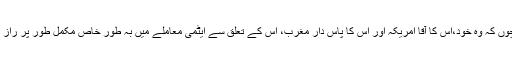
اِسرائیل کے حوالے سے دنیا والوں کو یقین ہے کہ اس کے پاس سیکڑوں ہیڈس ہیں، لیکن چوں کہ وہ خود،اس کا آقا امریکہ اور اس کا پاس دار مغرب، اس کے تعلق سے ایٹمی معاملے میں بہ طورِ خاص مکمل طور پر راز داری برتتے ہیں؛ اس لیے اُس کے ایٹمی ہیڈس کی تعداد کا ذرائع ابلاغ کو صحیح علم نہیں۔